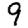
Digit: 9